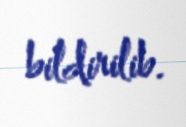
bildirilib.